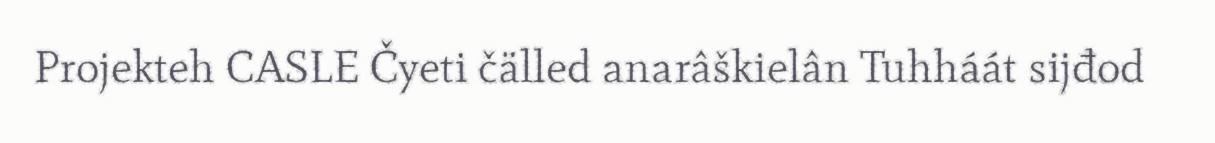
Projekteh CASLE Čyeti čälled anarâškielân Tuhháát sijđod